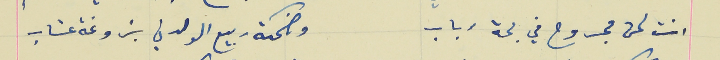
انت لحن مجروح في بحة رباب                                         وضحكة ربيع الولدني بزوغة عتاب